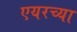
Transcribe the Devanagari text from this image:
एयरच्या